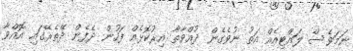
ނަމަވެސް ލައްޓިއެއް އަތު ނުވެގެން ދުއްވާތާ އިރުކޮޅެއް ފަހުން ދެފެން ދޭތެރޭގައި އޮއްވާ